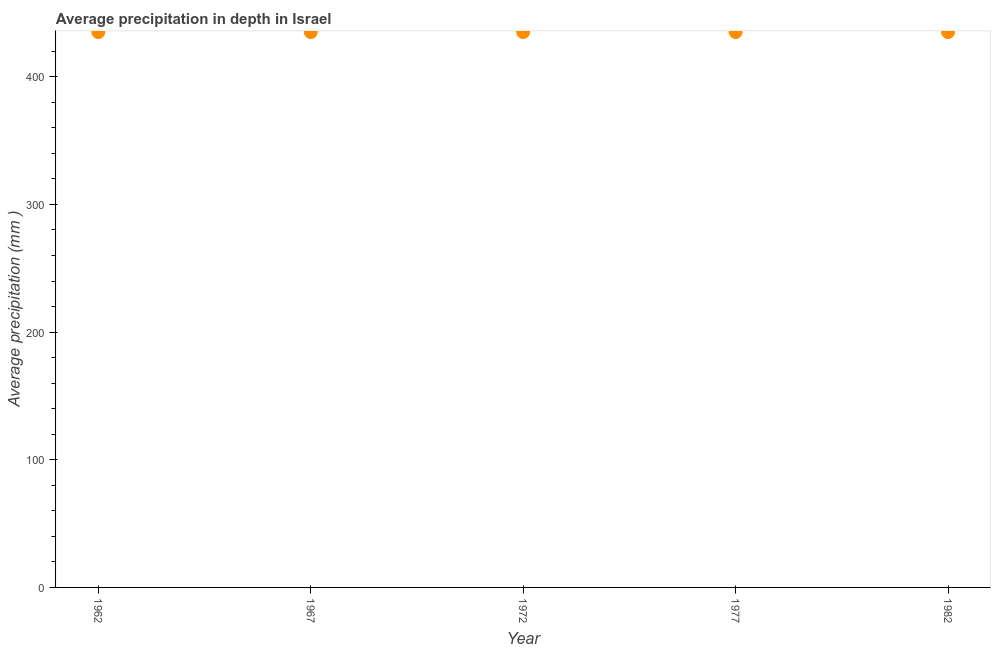
| Year | Average precipitation in depth |
 | --- | --- |
 | 1962 | 435 |
 | 1967 | 435 |
 | 1972 | 435 |
 | 1977 | 435 |
 | 1982 | 435 |